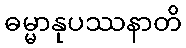
ဓမ္မာနုပဿနာတိ